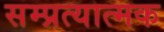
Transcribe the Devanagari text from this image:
सम्प्रत्यात्मक